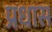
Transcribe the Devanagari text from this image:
प्रधास